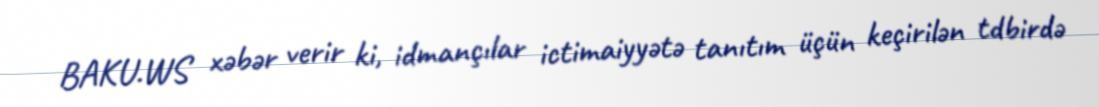
BAKU.WS xəbər verir ki, idmançılar ictimaiyyətə tanıtım üçün keçirilən tdbirdə